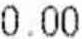
0.00